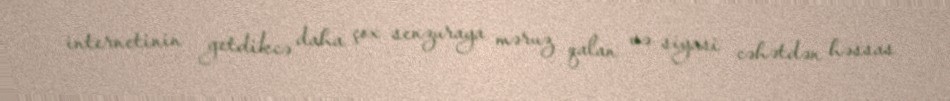
internetinin getdikcə daha çox senzuraya məruz qalan və siyasi cəhətdən həssas